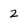
Character: 2